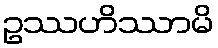
ဥဿဟိဿာမိ